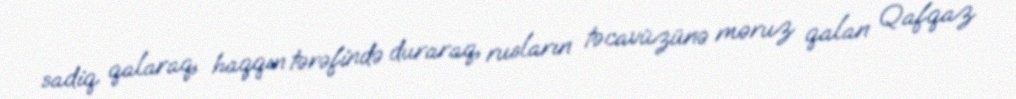
sadiq qalaraq, haqqın tərəfində duraraq, rusların təcavüzünə məruz qalan Qafqaz